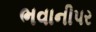
ભવાનીપર